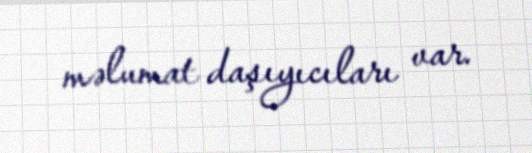
məlumat daşıyıcıları var.